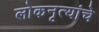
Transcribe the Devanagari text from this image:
लोकनृत्यांचे